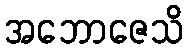
အဘောဇေသိ